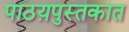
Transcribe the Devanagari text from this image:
पाठय़पुस्तकात